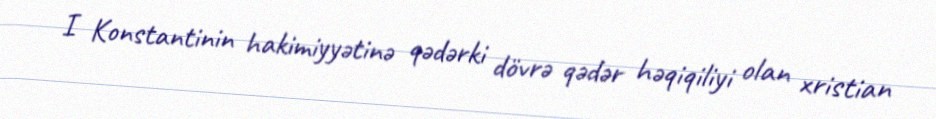
I Konstantinin hakimiyyətinə qədərki dövrə qədər həqiqiliyi olan xristian